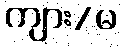
ကျား/မ